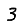
Digit: 3